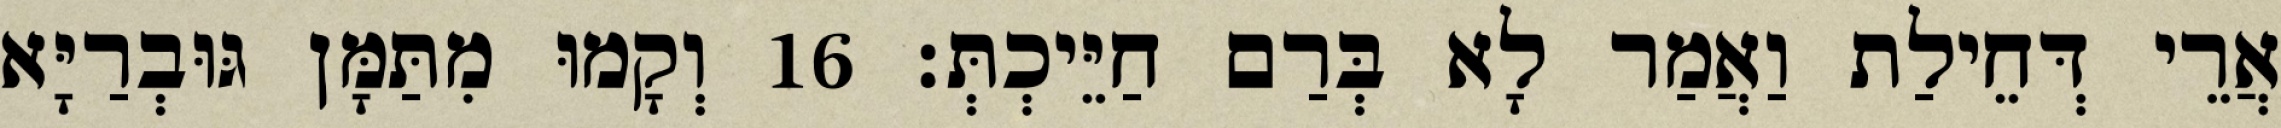
אֲרֵי דְּחֵילַת וַאֲמַר לָא בְּרַם חַיֵּיכְתְּ׃ 16 וְקָמוּ מִתַּמָּן גּוּבְרַיָּא